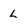
Character: L